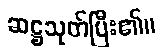
ဆဋ္ဌသုတ်ပြီး၏။